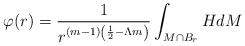
LaTeX: \begin{align*}\varphi(r)=\frac{1}{r^{(m-1)\left(\frac{1}{2}-\Lambda m\right)}}\int_{M\cap B_r} H dM\end{align*}